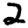
Digit: 2